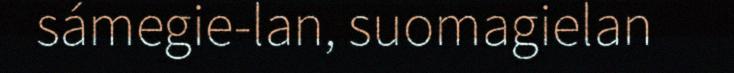
sámegie-lan, suomagielan